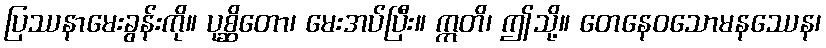
ပြဿနာမေးခွန်းကို။ ပုစ္ဆိတော၊ မေးအပ်ပြီး။ ဣတိ၊ ဤသို့။ တေနေဝသောမနဿေန၊